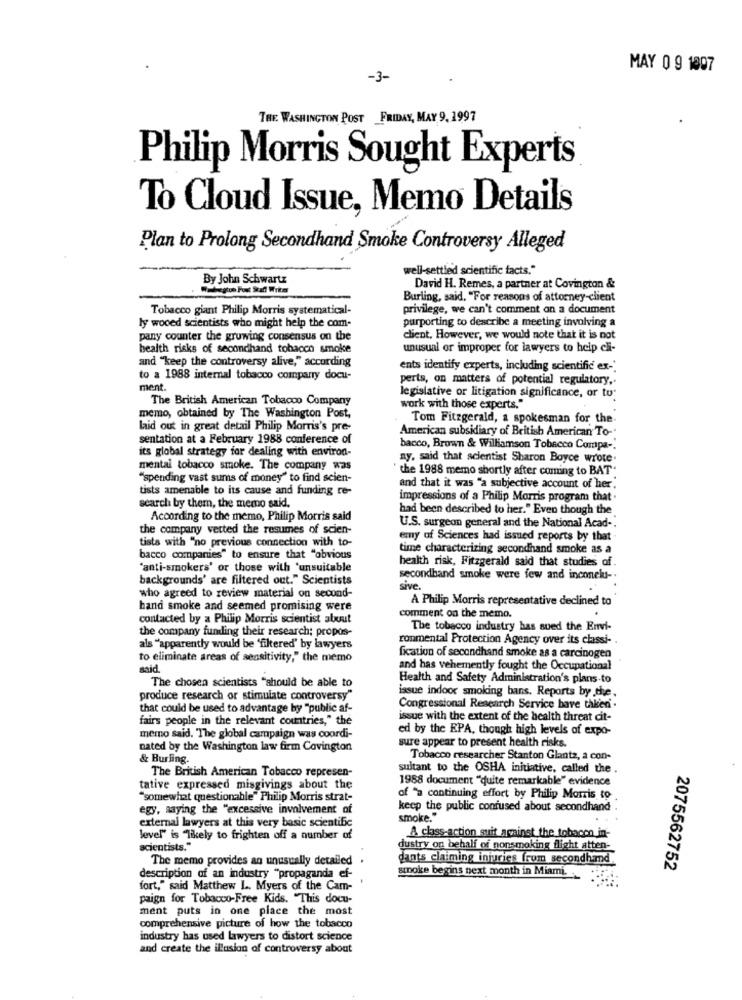
MAY 0 9 1997
-3-
THE WASHINGTON POST FRIDAY, MAY 9.1997
Philip Morris Sought Experts
To Cloud Issue, Memo Details
Plan to Prolong Secondhand Smoke Controversy Alleged
well-settled scientific facts."
By John Schwartz
David H. Remes, a partner at Covington &
Burling, said, "For reasons of attorney-client
Tobacco giant Philip Morris systematical-
privilege, we can't comment on a document
purporting to describe a meeting involving a
ly wooed scientists who might help the com-
pany counter the growing consensus on the
client. However, we would note that it is not
health risks of secondhand tobacco smoke
unusual or improper for lawyers to help cli-
and "keep the controversy alive," according
ents identify experts, including scientific ex-"
to a 1988 internal tobacco company docu-
perts, on matters of potential regulatory ..
ment.
The British American Tobacco Company
legislative or litigation significance, or to
work with those experts."
memo, obtained by The Washington Post,
Tom Fitzgerald, a spokesman for the.
laid out in great detail Philip Morris's pre-
sentation at a February 1988 conference of
American subsidiary of British American To-
its global strategy for dealing with environ-
bacco, Brown & Williamson Tobacco Compa -:
ny. said that scientist Sharon Boyce wrote.
mental tobacco smoke. The company was
the 1988 memo shortly after coming to BAT"
"spending vast sums of money" to find scien-
tists amenable to its cause and funding te-
and that it was "a subjective account of her"
impressions of a Philip Morris program that .
search by them, the memo said.
had been described to her." Even though the
According to the memo, Philip Morris said
the company vetted the resumes of scien
U.S. surgeon general and the National Acad -.
tists with "no previous connection with to-
emy of Sciences had issued reports by that
time characterizing secondhand smoke as a
bacco companies" to ensure that "obvious
"anti-smokers' or those with 'unsuitable
health risk, Fitzgerald said that studies of
backgrounds' are filtered out." Scientists
secondhand smoke were few and inconelu -.
sive
who agreed to review material on second-
A Philip Morris representative declined to
hand smoke and seemed promising were
contacted by a Philip Morris scientist about
comment on the memo.
the company funding their research; propos-
The tobacco industry has sued the Envi-
ronmental Protection Agency over its classi- .
als "apparently would be 'filtered' by lawyers
to eliminate areas of sensitivity," the memo
fication of secondhand smoke as a carcinogen
said.
and has vehemently fought the Occupational
The chosen scientists "should be able to
Health and Safety Administration's plans to
produce research or stimulate controversy
issue indoor smoking bans. Reports by the.
that could be used to advantage by "public af-
Congressional Research Service have taken .
fairs people in the relevant countries," the
issue with the extent of the health threat cit-
ed by the EPA, though high levels of expo-
memo said. "The global campaign was coordi-
sure appear to present health risks.
nated by the Washington law firm Covington
& Burling.
Tobacco researcher Stanton Glantz, a con-
The British American Tobacco represen-
sultant to the OSHA initiative, called the .
1988 document "quite remarkable" evidence
tative expressed misgivings about the
"somewhat questionable" Philip Morris strat-
of "a continuing effort by Philip Morris to
egy, saying the "excessive involvement of
keep the public confused about secondhand
external lawyers at this very basic scientific
smoke."
level" is "likely to frighten off a number of
A class-action suit against the tobacco in-
scientists."
dustry on behalf of nonsmoking flight atten-
The memo provides an unusually detailed
dants claiming injuries frum secondhand.
smoke begins next month in Miami ..
2075562752
description of an industry "propaganda ef-
fort," said Matthew L. Myers of the Cam-
paign for Tobacco-Free Kids. "This docu-
ment puts in one place the most
comprehensive picture of how the tobacco
industry has used lawyers to distort science
and create the illusion of controversy about